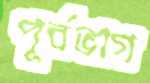
পূর্বভাগ